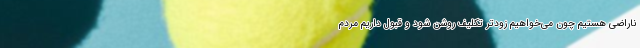
ناراضی هستیم چون می‌خواهیم زودتر تکلیف روشن شود و قبول داریم مردم